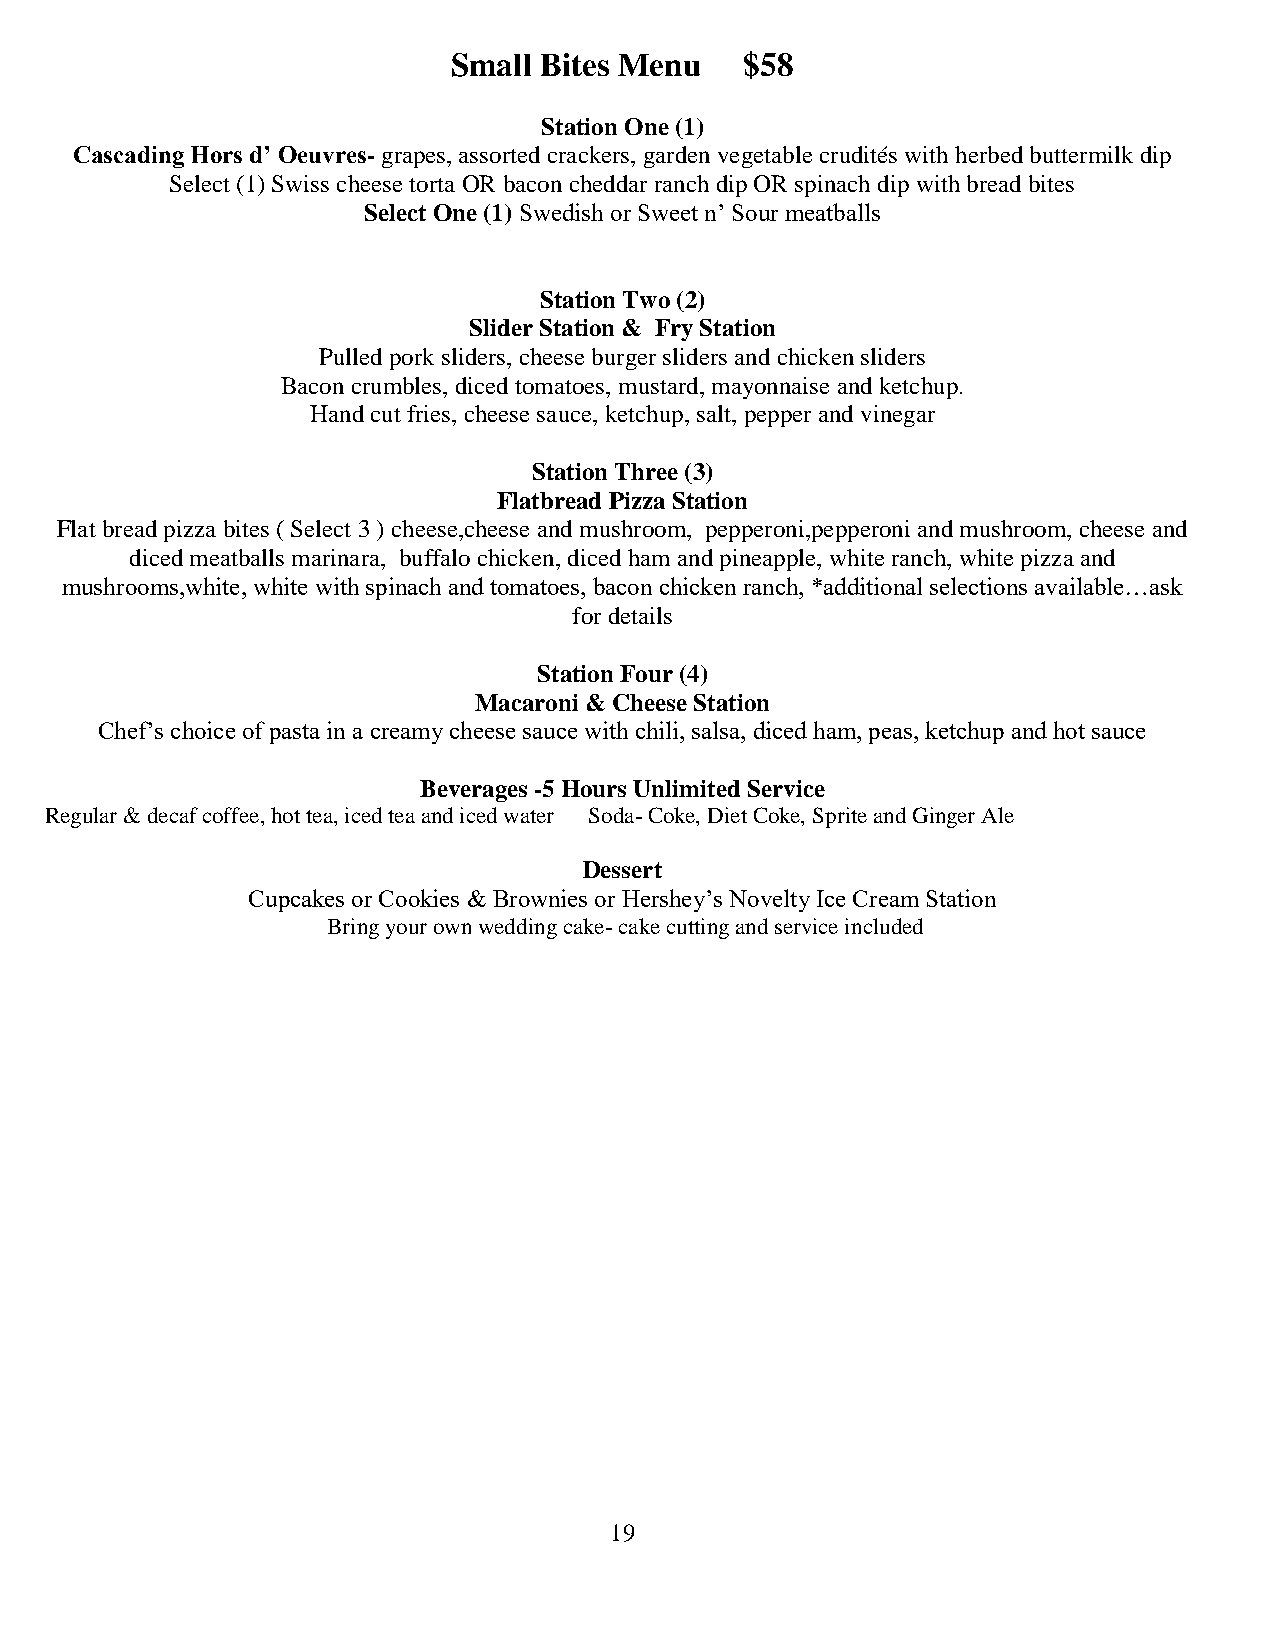
Small Bites Menu   $58
 Station One (1)
 Cascading Hors d’ Oeuvres- grapes, assorted crackers, garden vegetable crudités with herbed buttermilk dip
 Select (1) Swiss cheese torta OR bacon cheddar ranch dip OR spinach dip with bread bites
 Select One (1) Swedish or Sweet n’ Sour meatballs
 Station Two (2)
 Slider Station & Fry Station
 Pulled pork sliders, cheese burger sliders and chicken sliders
 Bacon crumbles, diced tomatoes, mustard, mayonnaise and ketchup.
 Hand cut fries, cheese sauce, ketchup, salt, pepper and vinegar
 Station Three (3)
 Flatbread Pizza Station
 Flat bread pizza bites ( Select 3 ) cheese,cheese and mushroom, pepperoni,pepperoni and mushroom, cheese and
 diced meatballs marinara, buffalo chicken, diced ham and pineapple, white ranch, white pizza and
 mushrooms,white, white with spinach and tomatoes, bacon chicken ranch, *additional selections available…ask
 for details
 Station Four (4)
 Macaroni & Cheese Station
 Chef’s choice of pasta in a creamy cheese sauce with chili, salsa, diced ham, peas, ketchup and hot sauce
 Beverages -5 Hours Unlimited Service
 Regular & decaf coffee, hot tea, iced tea and iced water Soda- Coke, Diet Coke, Sprite and Ginger Ale
 Dessert
 Cupcakes or Cookies & Brownies or Hershey’s Novelty Ice Cream Station
 Bring your own wedding cake- cake cutting and service included
 19